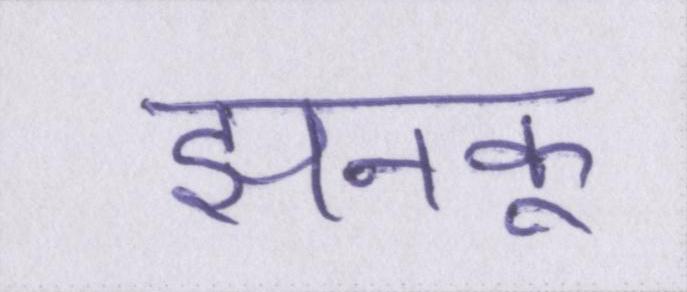
झनकू